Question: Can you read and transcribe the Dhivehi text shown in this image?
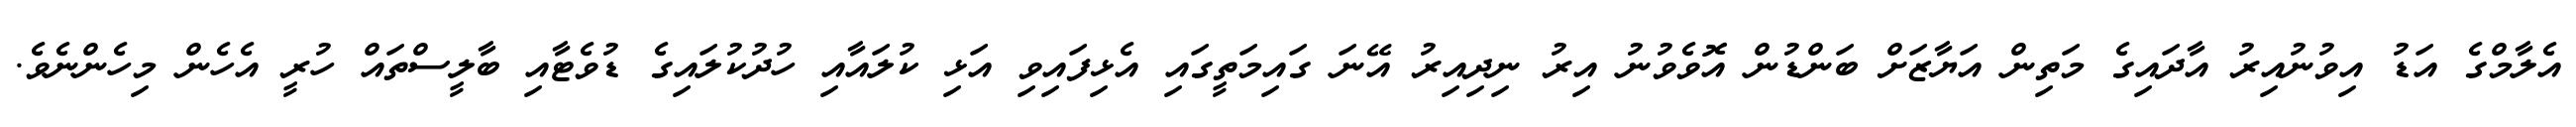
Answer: އެލާމްގެ އަޑު އިވުނުއިރު އާދައިގެ މަތިން އަޔާޒަށް ބަންޑުން އޮވެވުނު އިރު ނިދިއިރު އޭނަ ގައިމަތީގައި އެޅިފައިވި އަޅި ކުލައާއި ހުދުކުލައިގެ ޑުވެޓާއި ބާލީސްތައް ހުރީ އެހެން މިހެންނެވެ.